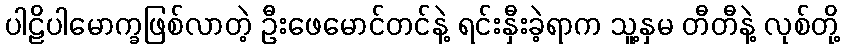
ပါဠိပါမောက္ခဖြစ်လာတဲ့ ဦးဖေမောင်တင်နဲ့ ရင်းနှီးခဲ့ရာက သူ့နှမ တီတီနဲ့ လုစ်တို့